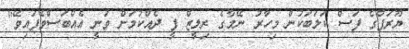
ޔޫރަޕްގެ ފަސް ކަލަބަކުން މިހާރު ނޭމާގެ ރިލީޒް ފީ ދެއްކުމަށް ވަނީ އެއްބަސްވެފައިވޭ"